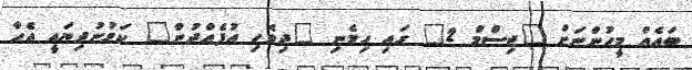
ބައެއް މީހުންނަށް "ޖިސްމް 2" ގައި ހިމެނި "ދިވެހި އުފެއްދުން" ކަމުނުދިޔައީ އެހާ